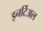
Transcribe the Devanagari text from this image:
इनर्टिअल